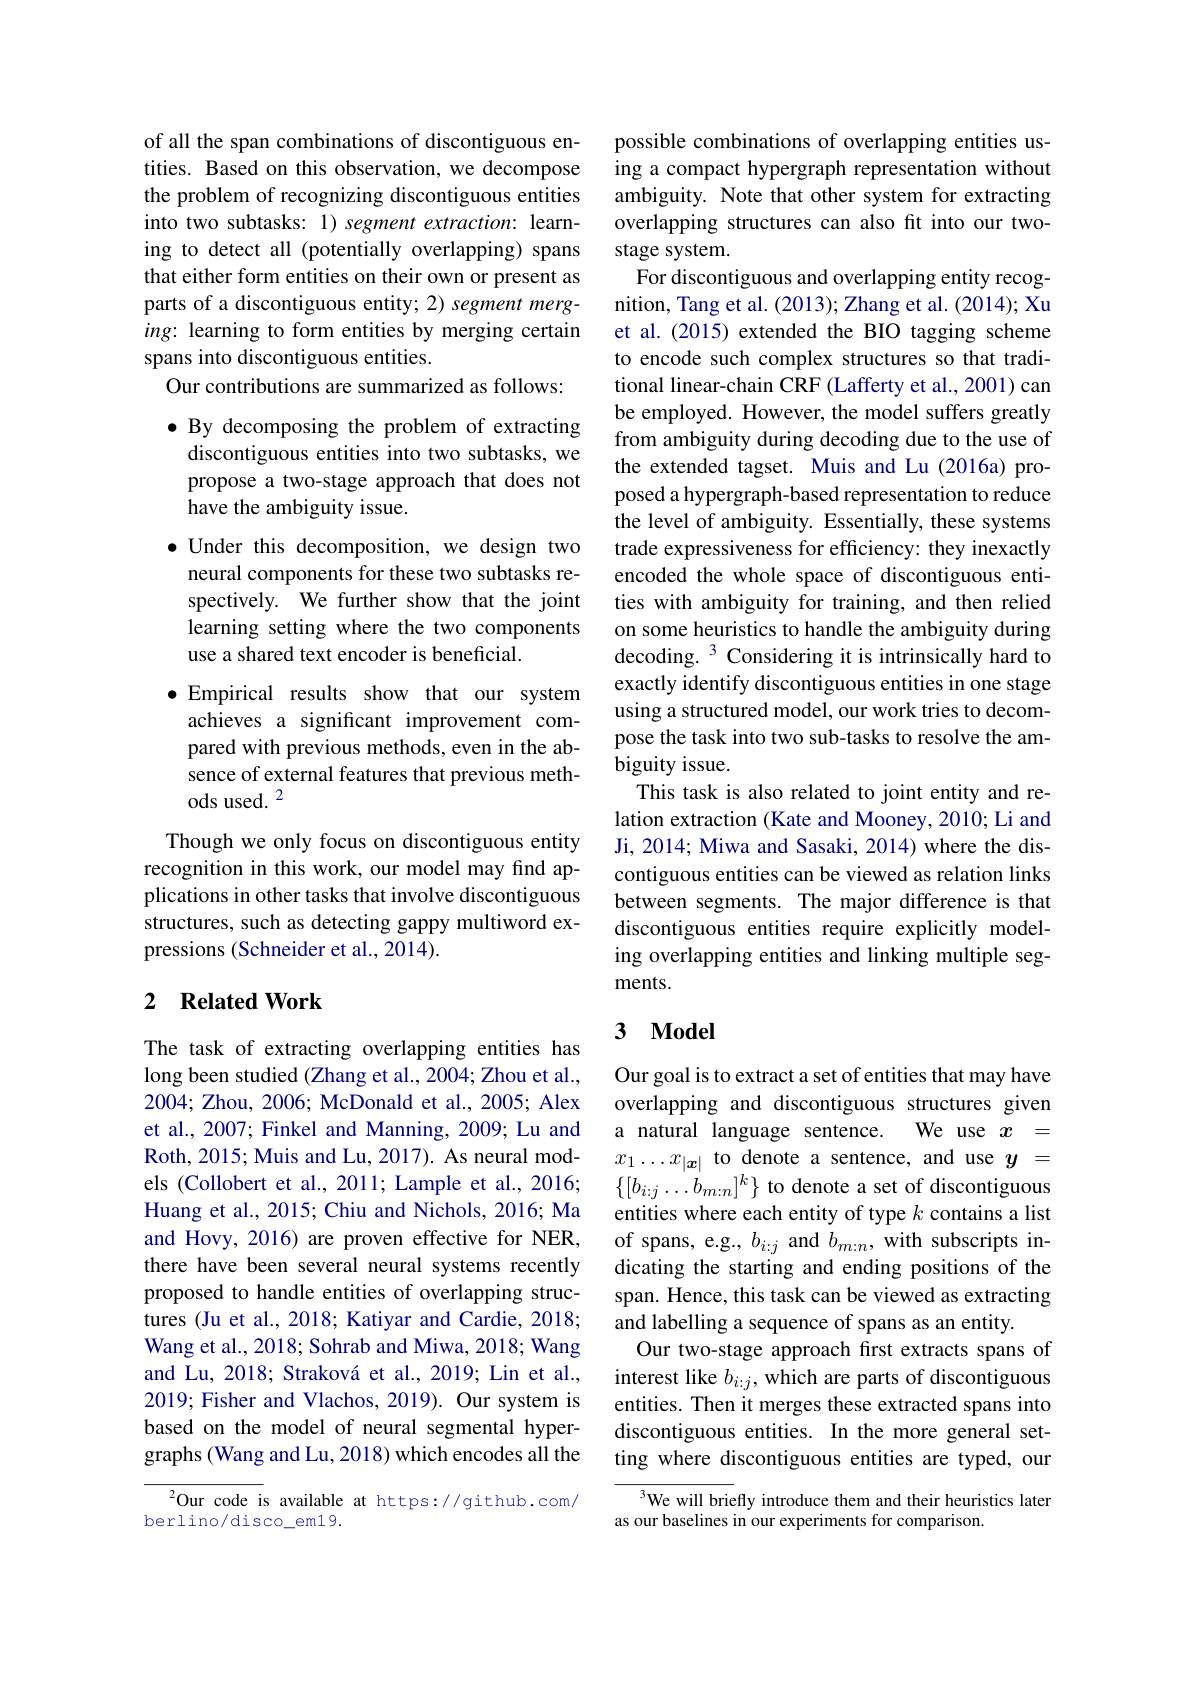
of all the span combinations of discontiguous entities. Based on this observation, we decompose the problem of recognizing discontiguous entities into two subtasks: 1) segment extraction: learning to detect all (potentially overlapping) spans that either form entities on their own or present as parts of a discontiguous entity; 2) segment merging: learning to form entities by merging certain spans into discontiguous entities.
Our contributions are summarized as follows:

$\bullet$ By decomposing the problem of extracting
discontiguous entities into two subtasks, we propose a two-stage approach that does not have the ambiguity issue.
$\bullet$ Under this decomposition, we design two neural components for these two subtasks respectively. We further show that the joint learning setting where the two components use a shared text encoder is beneficial.
$\bullet$ Empirical results show that our system
achieves a significant improvement compared with previous methods, even in the absence of external features that previous methods used. $^{2}$
Though we only focus on discontiguous entity recognition in this work, our model may find applications in other tasks that involve discontiguous structures, such as detecting gappy multiword expressions (Schneider et al., 2014).

## 2 $\textbf{Related Work}$

The task of extracting overlapping entities has long been studied (Zhang et al., 2004; Zhou et al., 2004; Zhou, 2006; McDonald et al., 2005; Alex et al., 2007; Finkel and Manning, 2009; Lu and Roth, 2015; Muis and Lu, 2017). As neural modRoth, 2015; Muis and Lu, 2017) . As neural mod- $x_{1}\ldots x_{| \boldsymbol{x}| }$ to denote a sentence, and use $y=$ els ( Collobert et al. , 2011; Lample et al. , 2016; $\{ [ b_{i: j}\ldots b_{m: n}] ^k\}$ to denote a set of discontiguous
Huang et al., 2015; Chiu and Nichols, 2016; Ma and Hovy, 2016) are proven effective for NER, there have been several neural systems recently proposed to handle entities of overlapping structures (Ju et al., 2018; Katiyar and Cardie, 2018; Wang et al., 2018; Sohrab and Miwa, 2018; Wang and Lu, 2018; Straková et al., 2019; Lin et al., 2019; Fisher and Vlachos, 2019). Our system is based on the model of neural segmental hypergraphs (Wang and Lu, 2018) which encodes all the

${^{2}\text{Our code is}}$ available at https://github.com/
berlino/disco\_em19.

possible combinations of overlapping entities using a compact hypergraph representation without ambiguity. Note that other system for extracting overlapping structures can also fit into our twostage system
For discontiguous and overlapping entity recognition, Tang et al. (2013); Zhang et al. (2014); Xu et al.(2015) extended the BIO tagging scheme to encode such complex structures so that traditional linear-chain CRF (Lafferty et al., 2001) can be employed. However, the model suffers greatly from ambiguity during decoding due to the use of the extended tagset. Muis and Lu (2016a) proposed a hypergraph-based representation to reduce the level of ambiguity. Essentially, these systems trade expressiveness for efficiency: they inexactly encoded the whole space of discontiguous entities with ambiguity for training, and then relied on some heuristics to handle the ambiguity during decoding. $^{3}$ Considering it is intrinsically hard to exactly identify discontiguous entities in one stage using a structured model, our work tries to decompose the task into two sub-tasks to resolve the ambiguity issue.
This task is also related to joint entity and relation extraction (Kate and Mooney, 2010; Li and Ji, 2014; Miwa and Sasaki, 2014) where the discontiguous entities can be viewed as relation links between segments. The major difference is that discontiguous entities require explicitly modeling overlapping entities and linking multiple segments.

# 3 $\mathbf{Model}$

Our goal is to extract a set of entities that may have overlapping and discontiguous structures given a natural language sentence. We use $x=$ entities where each entity of type $k$ contains a list of spans, e.g., $b_{i:j}$ and $b_{m:n}$, with subscripts indicating the starting and ending positions of the span. Hence, this task can be viewed as extracting and labelling a sequence of spans as an entity.
Our two-stage approach first extracts spans of interest like $b_i:j$, which are parts of discontiguous entities. Then it merges these extracted spans into discontiguous entities. In the more general setting where discontiguous entities are typed, our

$^{3}$We will briefly introduce them and their heuristics later
as our baselines in our experiments for comparison.